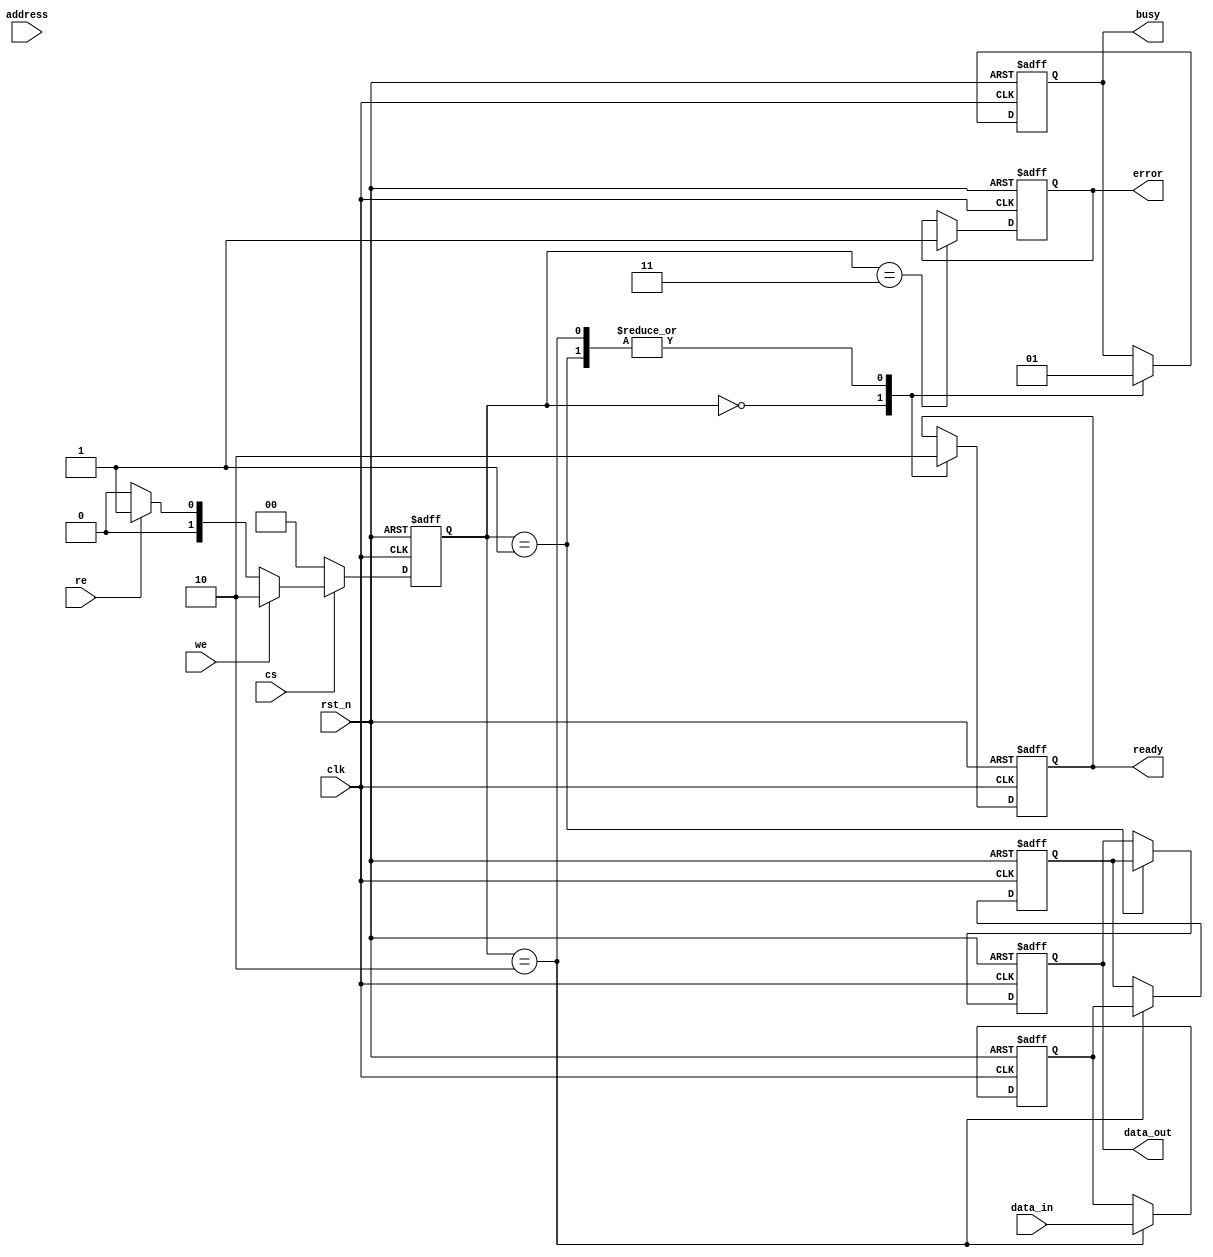
module io_block (
    input wire clk,                // System clock
    input wire rst_n,              // Active low reset
    input wire cs,                 // Chip Select
    input wire we,                 // Write Enable
    input wire re,                 // Read Enable
    input wire [7:0] data_in,      // Data input lines (DQ)
    output reg [7:0] data_out,     // Data output lines (DQ)
    output reg busy,               // Busy status
    output reg ready,              // Ready status
    output reg error,              // Error flag
    input wire [15:0] address      // Address lines
);

    // Internal signals
    reg [7:0] data_latch;          // Data latch for input
    reg [7:0] output_latch;        // Output latch for data
    reg [3:0] command;             // Command register
    reg [7:0] status_reg;          // Status register

    // State definitions
    localparam IDLE = 2'b00,
               READ = 2'b01,
               WRITE = 2'b10,
               ERROR_STATE = 2'b11;

    reg [1:0] state, next_state;

    // Command Decoder
    always @(*) begin
        case (1'b1)
            cs: begin
                if (we) begin
                    next_state = WRITE;
                end else if (re) begin
                    next_state = READ;
                end else begin
                    next_state = IDLE;
                end
            end
            default: next_state = IDLE;
        endcase
    end

    // State Machine
    always @(posedge clk or negedge rst_n) begin
        if (!rst_n) begin
            state <= IDLE;
            busy <= 1'b0;
            ready <= 1'b1;
            error <= 1'b0;
            data_out <= 8'b0;
            data_latch <= 8'b0;
            output_latch <= 8'b0;
            status_reg <= 8'b0;
        end else begin
            state <= next_state;
            case (state)
                IDLE: begin
                    busy <= 1'b0;
                    ready <= 1'b1;
                end
                WRITE: begin
                    busy <= 1'b1;
                    ready <= 1'b0;
                    data_latch <= data_in; // Capture incoming data
                    // Simulate write operation (add timing control here)
                    output_latch <= data_latch; // For demonstration
                    status_reg <= 8'b00000001; // Set status to busy
                end
                READ: begin
                    busy <= 1'b1;
                    ready <= 1'b0;
                    data_out <= output_latch; // Output data
                    // Simulate read operation (add timing control here)
                    status_reg <= 8'b00000010; // Set status to ready
                end
                ERROR_STATE: begin
                    error <= 1'b1; // Set error flag
                end
                default: begin
                    // Handle unexpected states
                end
            endcase
        end
    end

    // Status Register Update
    always @(posedge clk) begin
        if (state == IDLE) begin
            status_reg <= 8'b00000000; // Clear status
        end
    end

endmodule